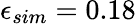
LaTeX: \epsilon_{sim}=0.18